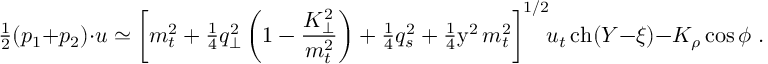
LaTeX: { \textstyle \frac { 1 } { 2 } } ( p _ { 1 } + p _ { 2 } ) { \cdot } u \simeq \left[ m _ { t } ^ { 2 } + { \textstyle \frac { 1 } { 4 } } q _ { \perp } ^ { 2 } \left( 1 - \frac { K _ { \perp } ^ { 2 } } { m _ { t } ^ { 2 } } \right) + { \textstyle \frac { 1 } { 4 } } q _ { s } ^ { 2 } + { \textstyle \frac { 1 } { 4 } } \mathrm { y } ^ { 2 } \, m _ { t } ^ { 2 } \right] ^ { 1 / 2 } \! \! u _ { t } \, \mathrm { c h } ( Y - \xi ) - K _ { \rho } \cos \phi \; .